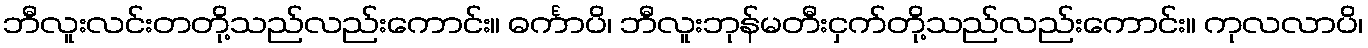
ဘီလူးလင်းတတို့သည်လည်းကောင်း။ ဓင်္ကာပိ၊ ဘီလူးဘုန်မတီးငှက်တို့သည်လည်းကောင်း။ ကုလလာပိ၊